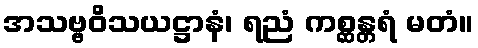
အသဗ္ဗဝိသယဋ္ဌာနံ၊ ရညံ ကစ္ဆန္တရံ မတံ။